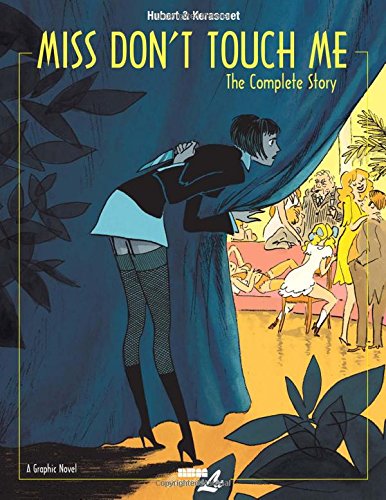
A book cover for Miss Don't Touch Me; Hubert; Comics & Graphic Novels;